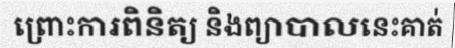
ព្រោះការពិនិត្យ និងព្យាបាលនេះគាត់